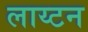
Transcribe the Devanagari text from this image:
लाय्टन